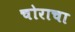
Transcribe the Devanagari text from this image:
चोराचा